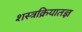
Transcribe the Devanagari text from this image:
शस्त्रक्रियातज्ञ